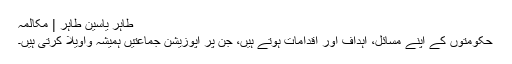
طاہر یاسین طاہر | مکالمہ
حکومتوں کے اپنے مسائل، اہداف اور اقدامات ہوتے ہیں، جن پر اپوزیشن جماعتیں ہمیشہ واویلا کرتی ہیں۔